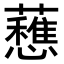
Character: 𧄄